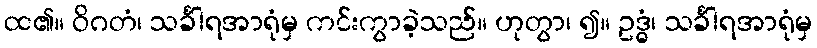
ထ၏။ ဝိဂတံ၊ သင်္ခါရအာရုံမှ ကင်းကွာခဲ့သည်။ ဟုတွာ၊ ၍။ ဥဒ္ဓံ၊ သင်္ခါရအာရုံမှ